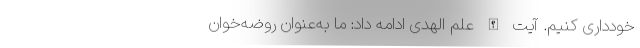
خودداری کنیم. آیت الله علم الهدی ادامه داد: ما به‌عنوان روضه‌خوان